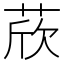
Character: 𦲽